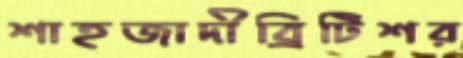
শাহজাদীব্রিটিশর